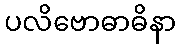
ပလိဗောဓာဓိနာ